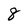
Character: 8